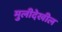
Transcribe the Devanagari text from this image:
मुलीदेखील